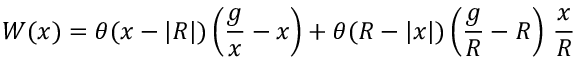
W ( x ) = \theta ( x - | R | ) \left( { \frac { g } { x } } - x \right) + \theta ( R - | x | ) \left( { \frac { g } { R } } - R \right) \, { \frac { x } { R } }